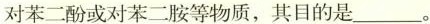
对苯二酚或对苯二胺等物质，其目的是___。